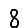
Digit: 8